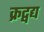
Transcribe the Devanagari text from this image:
क्रद्वद्य